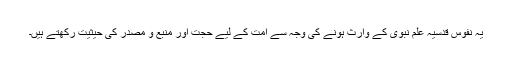
یہ نفوسِ قدسیہ علمِ نبوی کے وارث ہونے کی وجہ سے اُمت کے لیے حجت اور منبع و مصدر کی حیثیت رکھتے ہیں۔